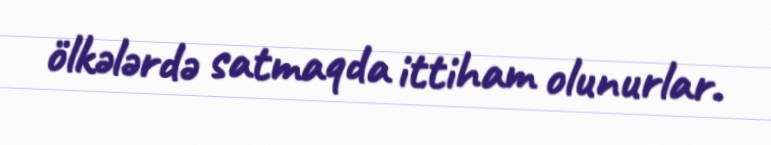
ölkələrdə satmaqda ittiham olunurlar.